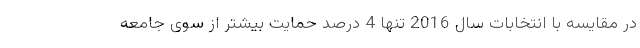
در مقایسه با انتخابات سال 2016 تنها 4 درصد حمایت بیشتر از سوی جامعه